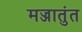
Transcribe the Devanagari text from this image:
मज्जातुंत